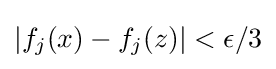
|f_{j}(x)-f_{j}(z)|<\epsilon /3